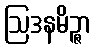
ဩဒနမိဉ္ဇာ